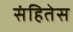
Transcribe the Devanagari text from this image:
संहितेस